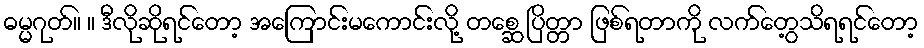
ဓမ္မဂုတ်။ ။ ဒီလိုဆိုရင်တော့ အကြောင်းမကောင်းလို့ တစ္ဆေ ပြိတ္တာ ဖြစ်ရတာကို လက်တွေ့သိရရင်တော့